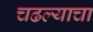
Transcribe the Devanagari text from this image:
चढल्याचा